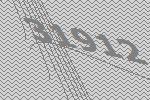
31912